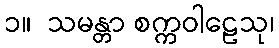
၁။  သမန္တာ စက္ကဝါဠေသု၊